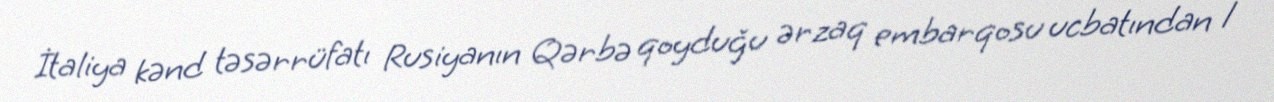
İtaliya kənd təsərrüfatı Rusiyanın Qərbə qoyduğu ərzaq embarqosu ucbatından 1